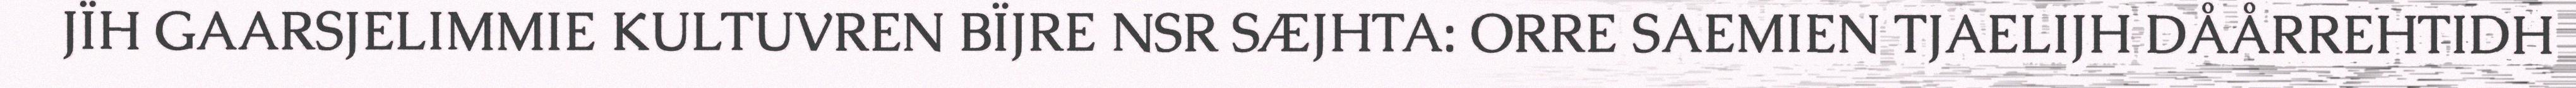
JÏH GAARSJELIMMIE KULTUVREN BÏJRE NSR SÆJHTA: ORRE SAEMIEN TJAELIJH DÅÅRREHTIDH